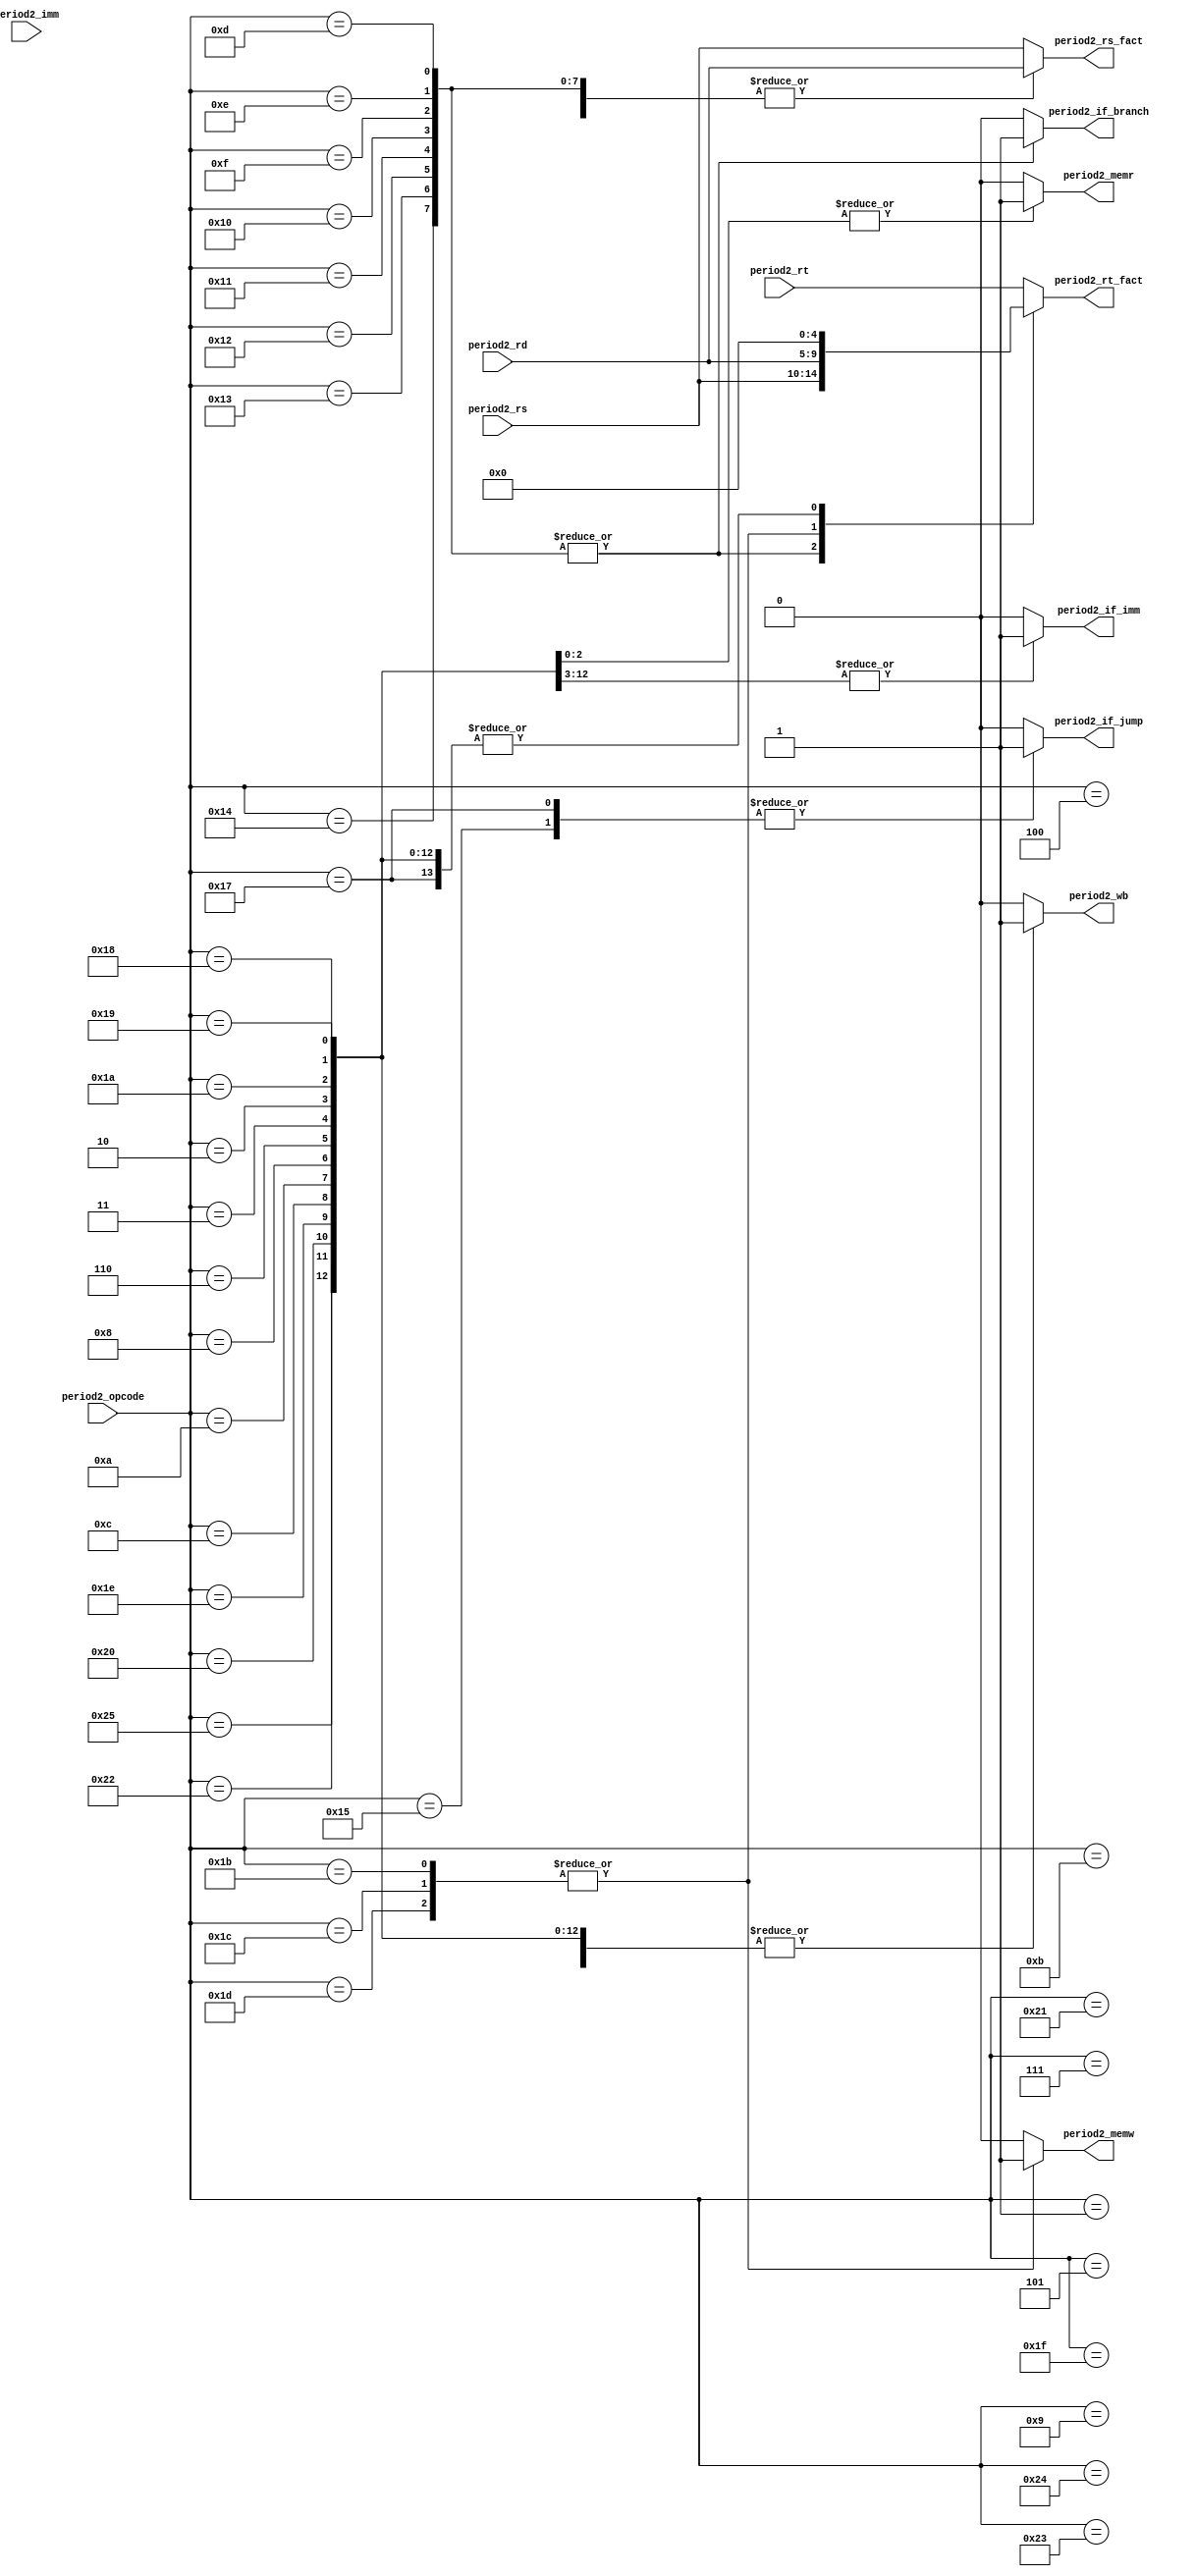
`ifndef _Control
`define _Control

module Control(
    input [5:0] period2_opcode,
    input [15:0] period2_imm,
    input [4:0] period2_rd,
    input [4:0] period2_rs,
    input [4:0] period2_rt,
    output reg period2_if_imm,
    output reg period2_if_branch,
    output reg period2_if_jump,
    output reg period2_memr,
    output reg period2_memw,
    output reg period2_wb,
    output reg [4:0] period2_rs_fact,
    output reg [4:0] period2_rt_fact
    );
    always @(*) begin
        //default
        period2_if_imm <= 1'b0;
        period2_if_branch <= 1'b0;
        period2_if_jump <= 1'b0;
        period2_memr <= 1'b0;
        period2_memw <= 1'b0;
        period2_wb <= 1'b0;
        // 
        period2_rs_fact <= period2_rs;
        period2_rt_fact <= period2_rt;
        
        case(period2_opcode)
            // 3
            // 'add', 'sub', 'and', 'or', 'nor', 'xor', 'sll', 'srl', 'mul', 'div'
            6'd1,6'd4,6'd5,6'd7,6'd9,6'd11,6'd31,6'd33,6'd35,6'd36: begin
                 period2_wb <= 1'b1;
            end
            
            // 2 imm 
            // 'addi', 'addiu', 'andi', 'ori', 'nori', 'xori' 'slli', 'srli', 'srai', 'slti'
            6'd2,6'd3,6'd6,6'd8,6'd10,6'd12,6'd30,6'd32,6'd34,6'd37: begin
                period2_wb <= 1'b1;
                period2_if_imm <= 1'b1;
                period2_rt_fact <= 5'b0; 
            end
            // 2 imm  
            // 'beq', 'beqz' ,'bne', 'bnez', 'bgt', 'bge', 'blt','ble'
            //  bnez beqz  rt0
            6'd13,6'd14, 6'd15,6'd16,6'd17,6'd18,6'd19,6'd20:begin
                period2_if_branch <= 1'b1;
                period2_rs_fact <= period2_rd;
                period2_rt_fact <= period2_rs;
            end
            
            // 2
            // 'lb', 'lh', 'lw'
            6'd24,6'd25,6'd26: begin
                period2_wb <= 1'b1;
                period2_memr <= 1'b1;
                period2_rt_fact <= 5'b0;
            end
            // 'sb', 'sh', 'sw'
            6'd27,6'd28,6'd29:begin
                period2_memw <= 1'b1;
                period2_rs_fact <= period2_rs;
                period2_rt_fact <= period2_rd;
            end
            
            // imm
            // 'j'
            6'd21: begin
                period2_if_jump <= 1'b1;
            end
            // 
            // 'jr'
            6'd23: begin
                period2_if_jump <= 1'b1;
                period2_rs_fact <= period2_rd;
                period2_rt_fact <= 5'b0;
            end
        endcase
    end
    
    
endmodule
`endif